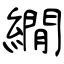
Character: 繝